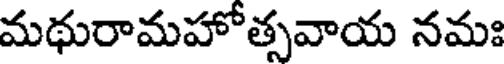
మథురామహోత్సవాయ నమః